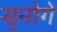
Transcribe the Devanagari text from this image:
सुनोगे